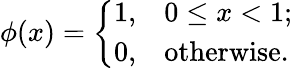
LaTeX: \phi(x)=\left\{ \begin{array}{ll}{1,}&{0\leq x<1;}\\ {0,}&{\mathrm{otherwise.}}\end{array}\right.